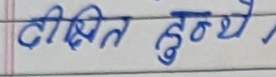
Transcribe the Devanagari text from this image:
दीक्षित हुन्थ्ये